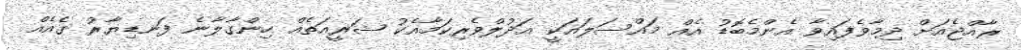
ރާއްޖެއަށް ދިމާވެފައިވާ އެންމެބޮޑު އެއް މައްސަލައަކީ އަދުލްވެރިކަމާއެކު ޝަރީއަތެއް ހިންގާލާނެ ފަނޑިޔާރު ގެއެއް